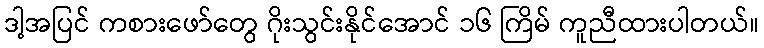
ဒါ့အပြင် ကစားဖော်တွေ ဂိုးသွင်းနိုင်အောင် ၁၆ ကြိမ် ကူညီထားပါတယ်။